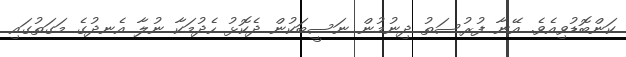
ކަންބޮޑުވިއެވެ. އޭނާ ފުރުސަތު ދިނުމުން ނަސީބަކުން ދެކޮޅު ހެދުމަކާ ނުލާ އެނދުގެ މަގަތުގައި